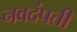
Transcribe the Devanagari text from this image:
नवदंपती